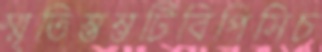
স্মৃতিস্তম্ভটিবিপিসিচ